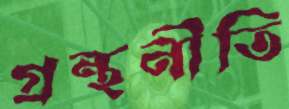
গ্রন্থনীতি